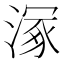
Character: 𣹞